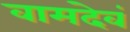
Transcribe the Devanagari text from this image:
वामदेवं